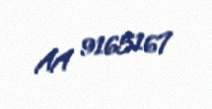
AA 9165167